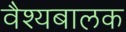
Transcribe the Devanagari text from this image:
वैश्यबालक